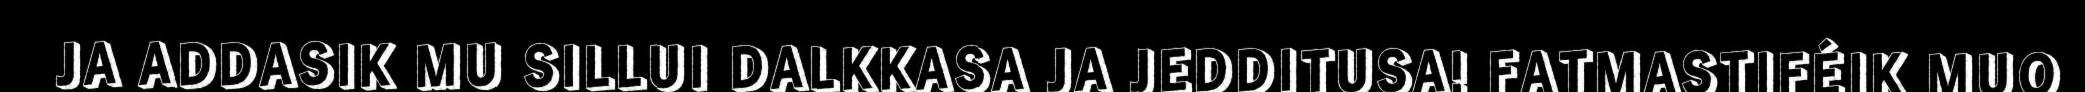
JA ADDASIK MU SILLUI DALKKASA JA JEDDITUSA! FATMASTIFÉIK MUO